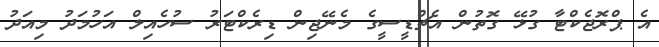
އެ ޕްރޮޖެކްޓާ ގުޅޭ ގޮތުން އެޗްޑީސީގެ މެނޭޖިން ޑިރެކްޓަރު ސުހެއިލް އަހުމަދު މިއަދު